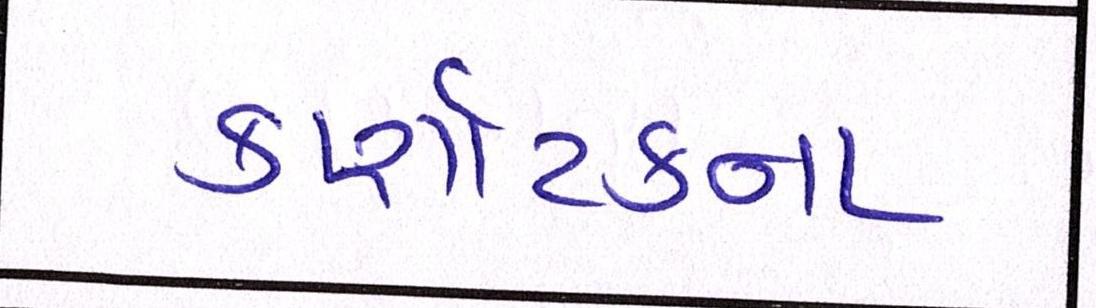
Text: કર્ણાટકના